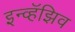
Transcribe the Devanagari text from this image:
इन्व्हॅझिव